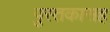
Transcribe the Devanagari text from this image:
पुस्तकासह